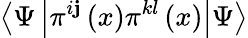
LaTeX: \left\langle\Psi\left|\pi^{i\mathbf{j}}\left(x\right)\pi^{kl}\left(x\right)\right|\Psi\right\rangle